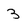
Character: 3